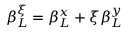
\beta _ { L } ^ { \xi } = \beta _ { L } ^ { x } + \xi \beta _ { L } ^ { y }